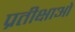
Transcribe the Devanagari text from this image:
प्रतीक्षाओं